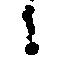
候